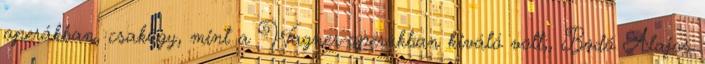
operákban, csakúgy, mint a Wagner-operákban kiváló volt;, Bodó Alajos